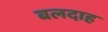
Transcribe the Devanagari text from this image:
बलदाह